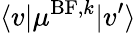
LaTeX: \langle v\vert\mu^{\mathrm{BF},k}\vert v^{\prime}\rangle